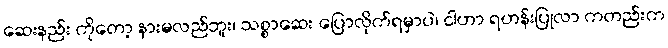
ဆေးနည်း ကိုတော့ နားမလည်ဘူး၊ သစ္စာဆေး ပြောလိုက်ရမှာပဲ၊ ငါဟာ ရဟန်းပြုလာ ကတည်းက